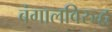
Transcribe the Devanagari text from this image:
बंगालविरुद्ध